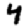
Digit: 4